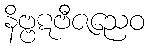
နိဗ္ဗဋဗီဇညေဝ